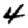
Digit: 4